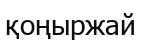
қоңыржай